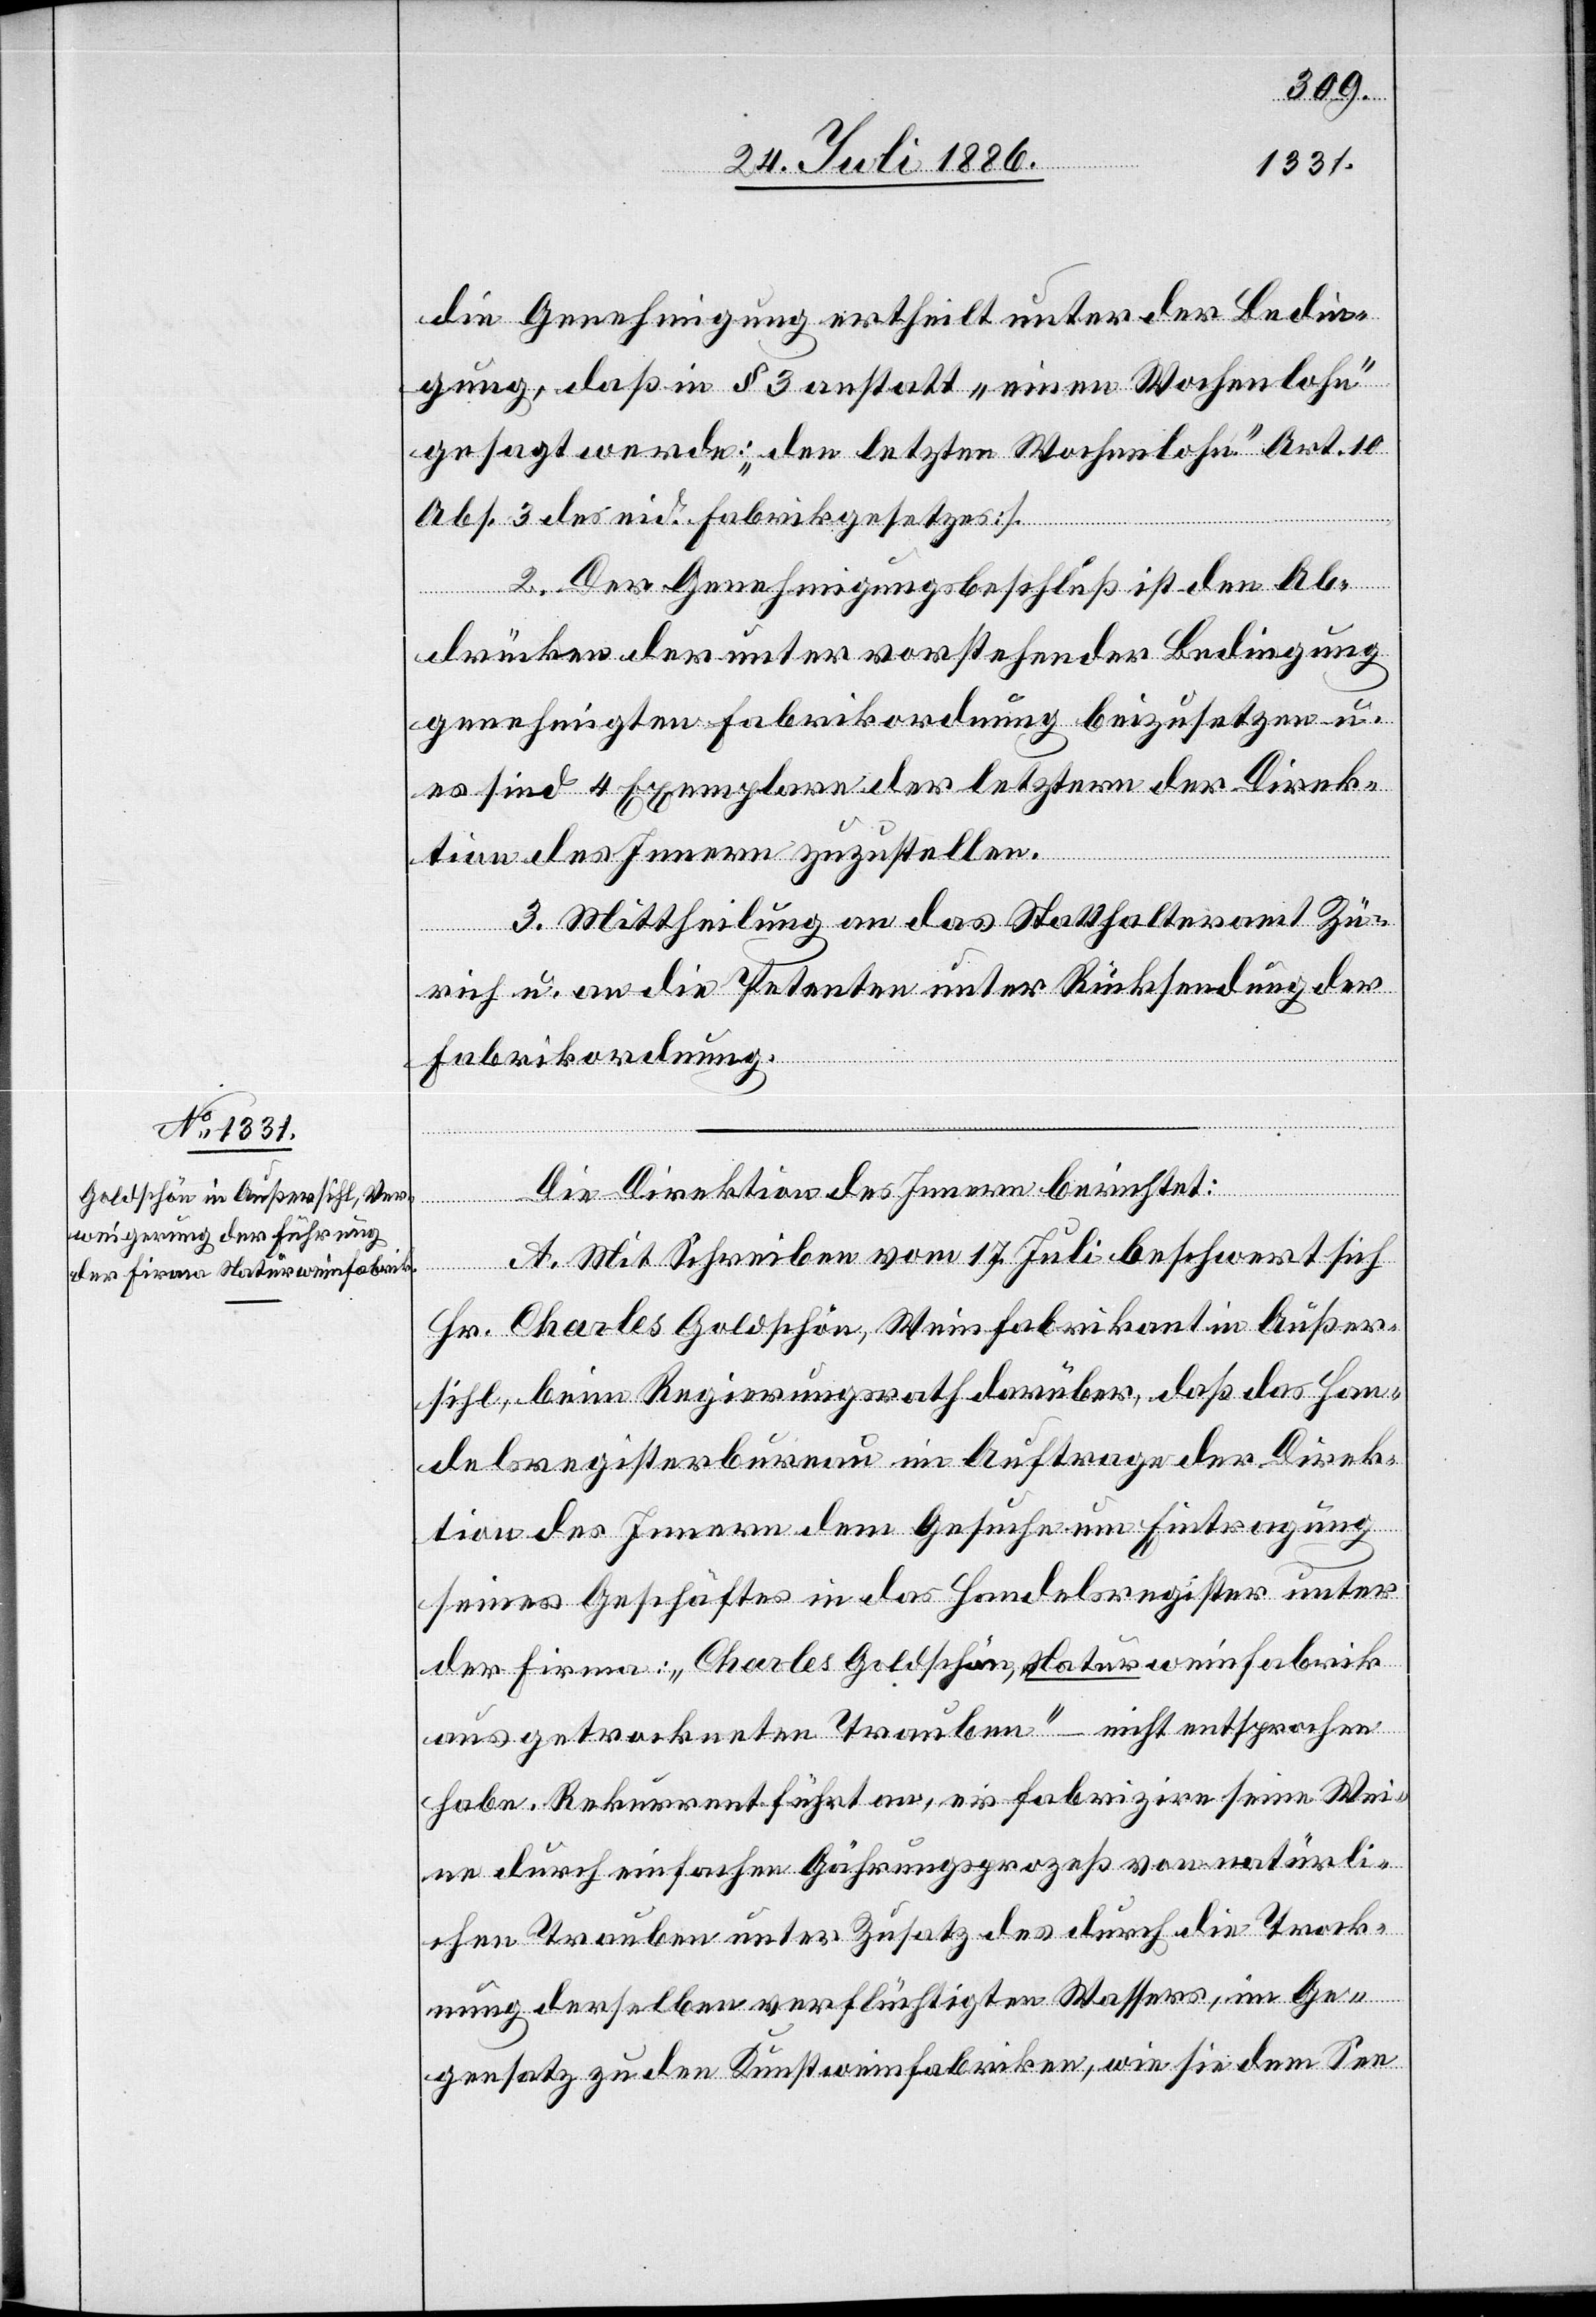
die Genehmigung ertheilt unter der Bedin¬
gung, daß in § 3 anstatt „einen Wochenlohn“
gesagt werde: „den letzten Wochenlohn“ [Art. 10
Abs. 3 des eid. Fabrikgesetzes].
2. Der Genehmigungsbeschluß ist den Ab¬
drücken der unter vorstehender Bedingung
genehmigten Fabrikordnung beizusetzen u.
es sind 4 Exemplare der letztern der Direk¬
tion des Innern zuzustellen.
3. Mittheilung an das Statthalteramt Zü¬
rich u. an die Petenten unter Rücksendung der
Fabrikordnung.
Die Direktion des Innern berichtet:
A. Mit Schreiben vom 17. Juli beschwert sich
Hr. Charles Goldschön, Weinfabrikant in Außer¬
sihl, beim Regierungsrath darüber, daß das Han¬
delsregisterbureau im Auftrage der Direk¬
tion des Innern dem Gesuche um Eintragung
seines Geschäftes in das Handelsregister unter
der Firma: „Charles Goldschön, Naturweinfabrik
aus getrockneten Trauben“ – nicht entsprochen
habe. Rekurrent führt an, er fabrizire seine Wei¬
ne durch einfachen Gährungsprozeß von natürli¬
chen Trauben unter Zusatz des durch die Trock¬
nung derselben verflüchtigten Wassers, im Ge¬
gensatz zu den Kunstweinfabriken, wie sie dem See